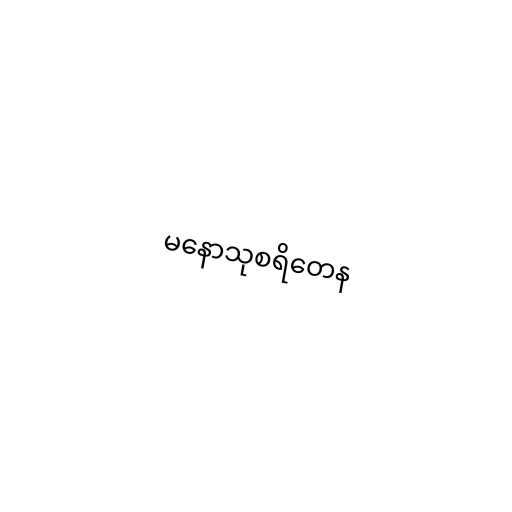
မနောသုစရိတေန